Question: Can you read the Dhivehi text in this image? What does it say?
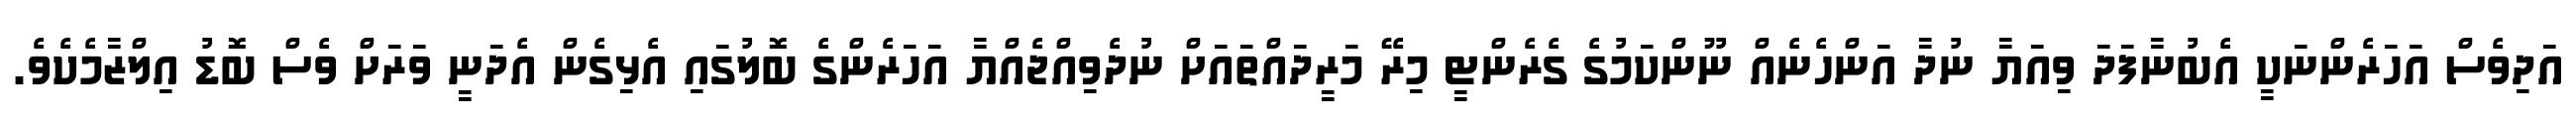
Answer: އަދިވެސް އަހަރެންނަކީ އެބުނާފަދަ ވިއަޔާ ނުދާ އަންހެނެއް ނޫންކަމުގެ ގެރެންޓީ މިރޭ މަރީދައްތައަށް ނުދެވިއްޖެއްޔާ އަހަރެންގެ ބޮލުގައި އެޅިގެން އެދަނީ ވަރަށް ވެސް ބޮޑު އިލްޒާމެކެވެ.